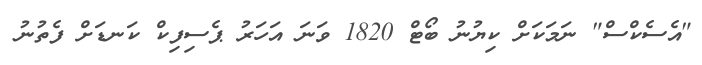
"އެސެކްސް" ނަމަކަށް ކިޔުނު ބޯޓް 1820 ވަނަ އަހަރު ޕެސިފިކް ކަނޑަށް ފެތުނު